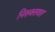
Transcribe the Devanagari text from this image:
निरुक्तवत